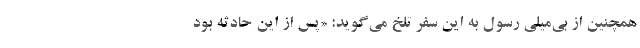
همچنین از بی‌میلی رسول به این سفر تلخ می‌گوید: «پس از این حادثه بود